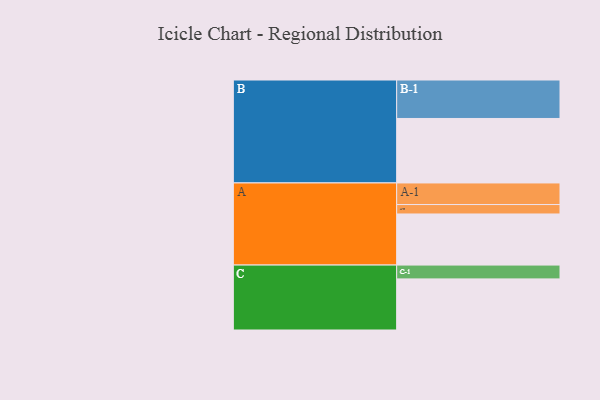
{"axis": {"x": "Segment", "y": "Value"}, "legend": ["", "A", "B", "C"], "data": [{"x": "A", "y": 336, "type": ""}, {"x": "B", "y": 424, "type": ""}, {"x": "C", "y": 336, "type": ""}, {"x": "A-1", "y": 142, "type": "A"}, {"x": "A-2", "y": 62, "type": "A"}, {"x": "B-1", "y": 253, "type": "B"}, {"x": "C-1", "y": 91, "type": "C"}]}